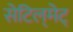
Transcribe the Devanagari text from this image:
सेटिल्‌मेट्